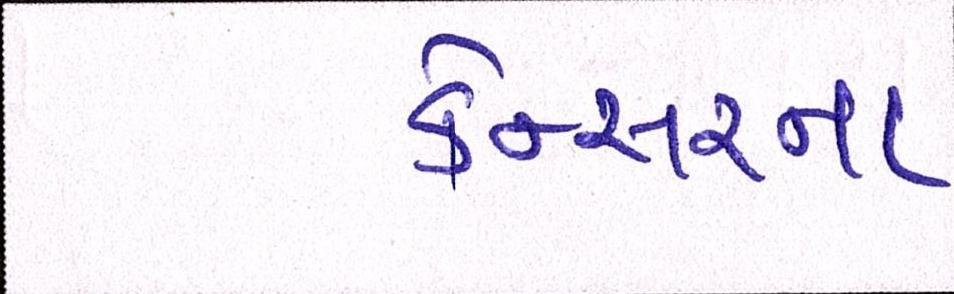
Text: કેન્સરના